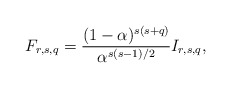
\begin{align*}F_{r,s,q}=\frac{(1-\alpha)^{s(s+q)}}{\alpha^{s(s-1)/2}}I_{r,s,q},\end{align*}